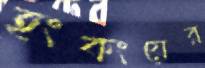
হংকংয়ের